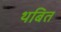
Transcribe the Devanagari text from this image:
थबित